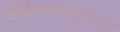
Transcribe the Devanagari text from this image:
अनादिकालापासून